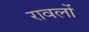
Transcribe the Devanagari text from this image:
रावलों